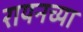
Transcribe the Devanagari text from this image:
रायनच्या